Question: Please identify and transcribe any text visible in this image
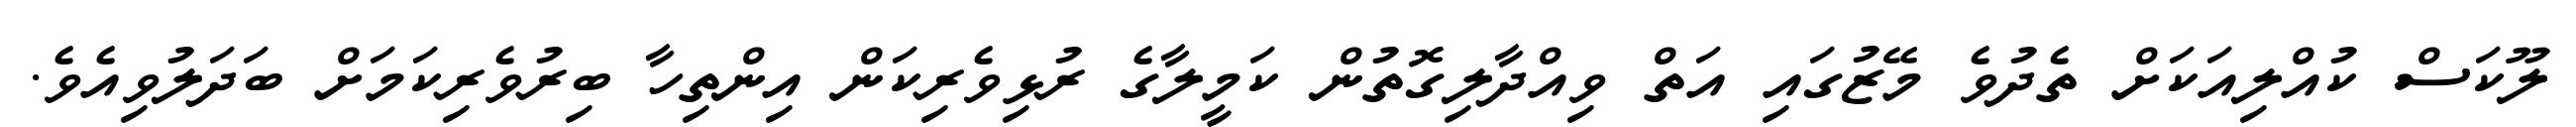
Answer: ލޫކަސް ކުއްލިއަކަށް ތެދުވެ މޭޒުގައި އަތް ވިއްދާލިގޮތުން ކަމީލާގެ ރުޅިވެރިކަން އިންތިހާ ބިރުވެރިކަމަށް ބަދަލުވިއެވެ.